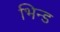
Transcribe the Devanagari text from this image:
भिन्ड